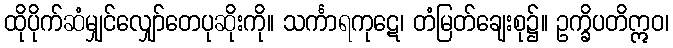
ထိုပိုက်ဆံမျှင်လျှော်တေပုဆိုးကို။ သင်္ကာရကုဋေ၊ တံမြတ်ချေးစု၌။ ဥက္ခိပတိဣဝ၊